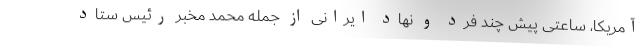
آمریکا، ساعتی پیش چند فرد و نهاد ایرانی از جمله محمد مخبر رئیس ستاد